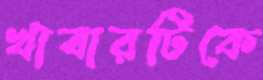
খাবারটিকে